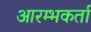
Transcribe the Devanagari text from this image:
आरम्भकर्ता